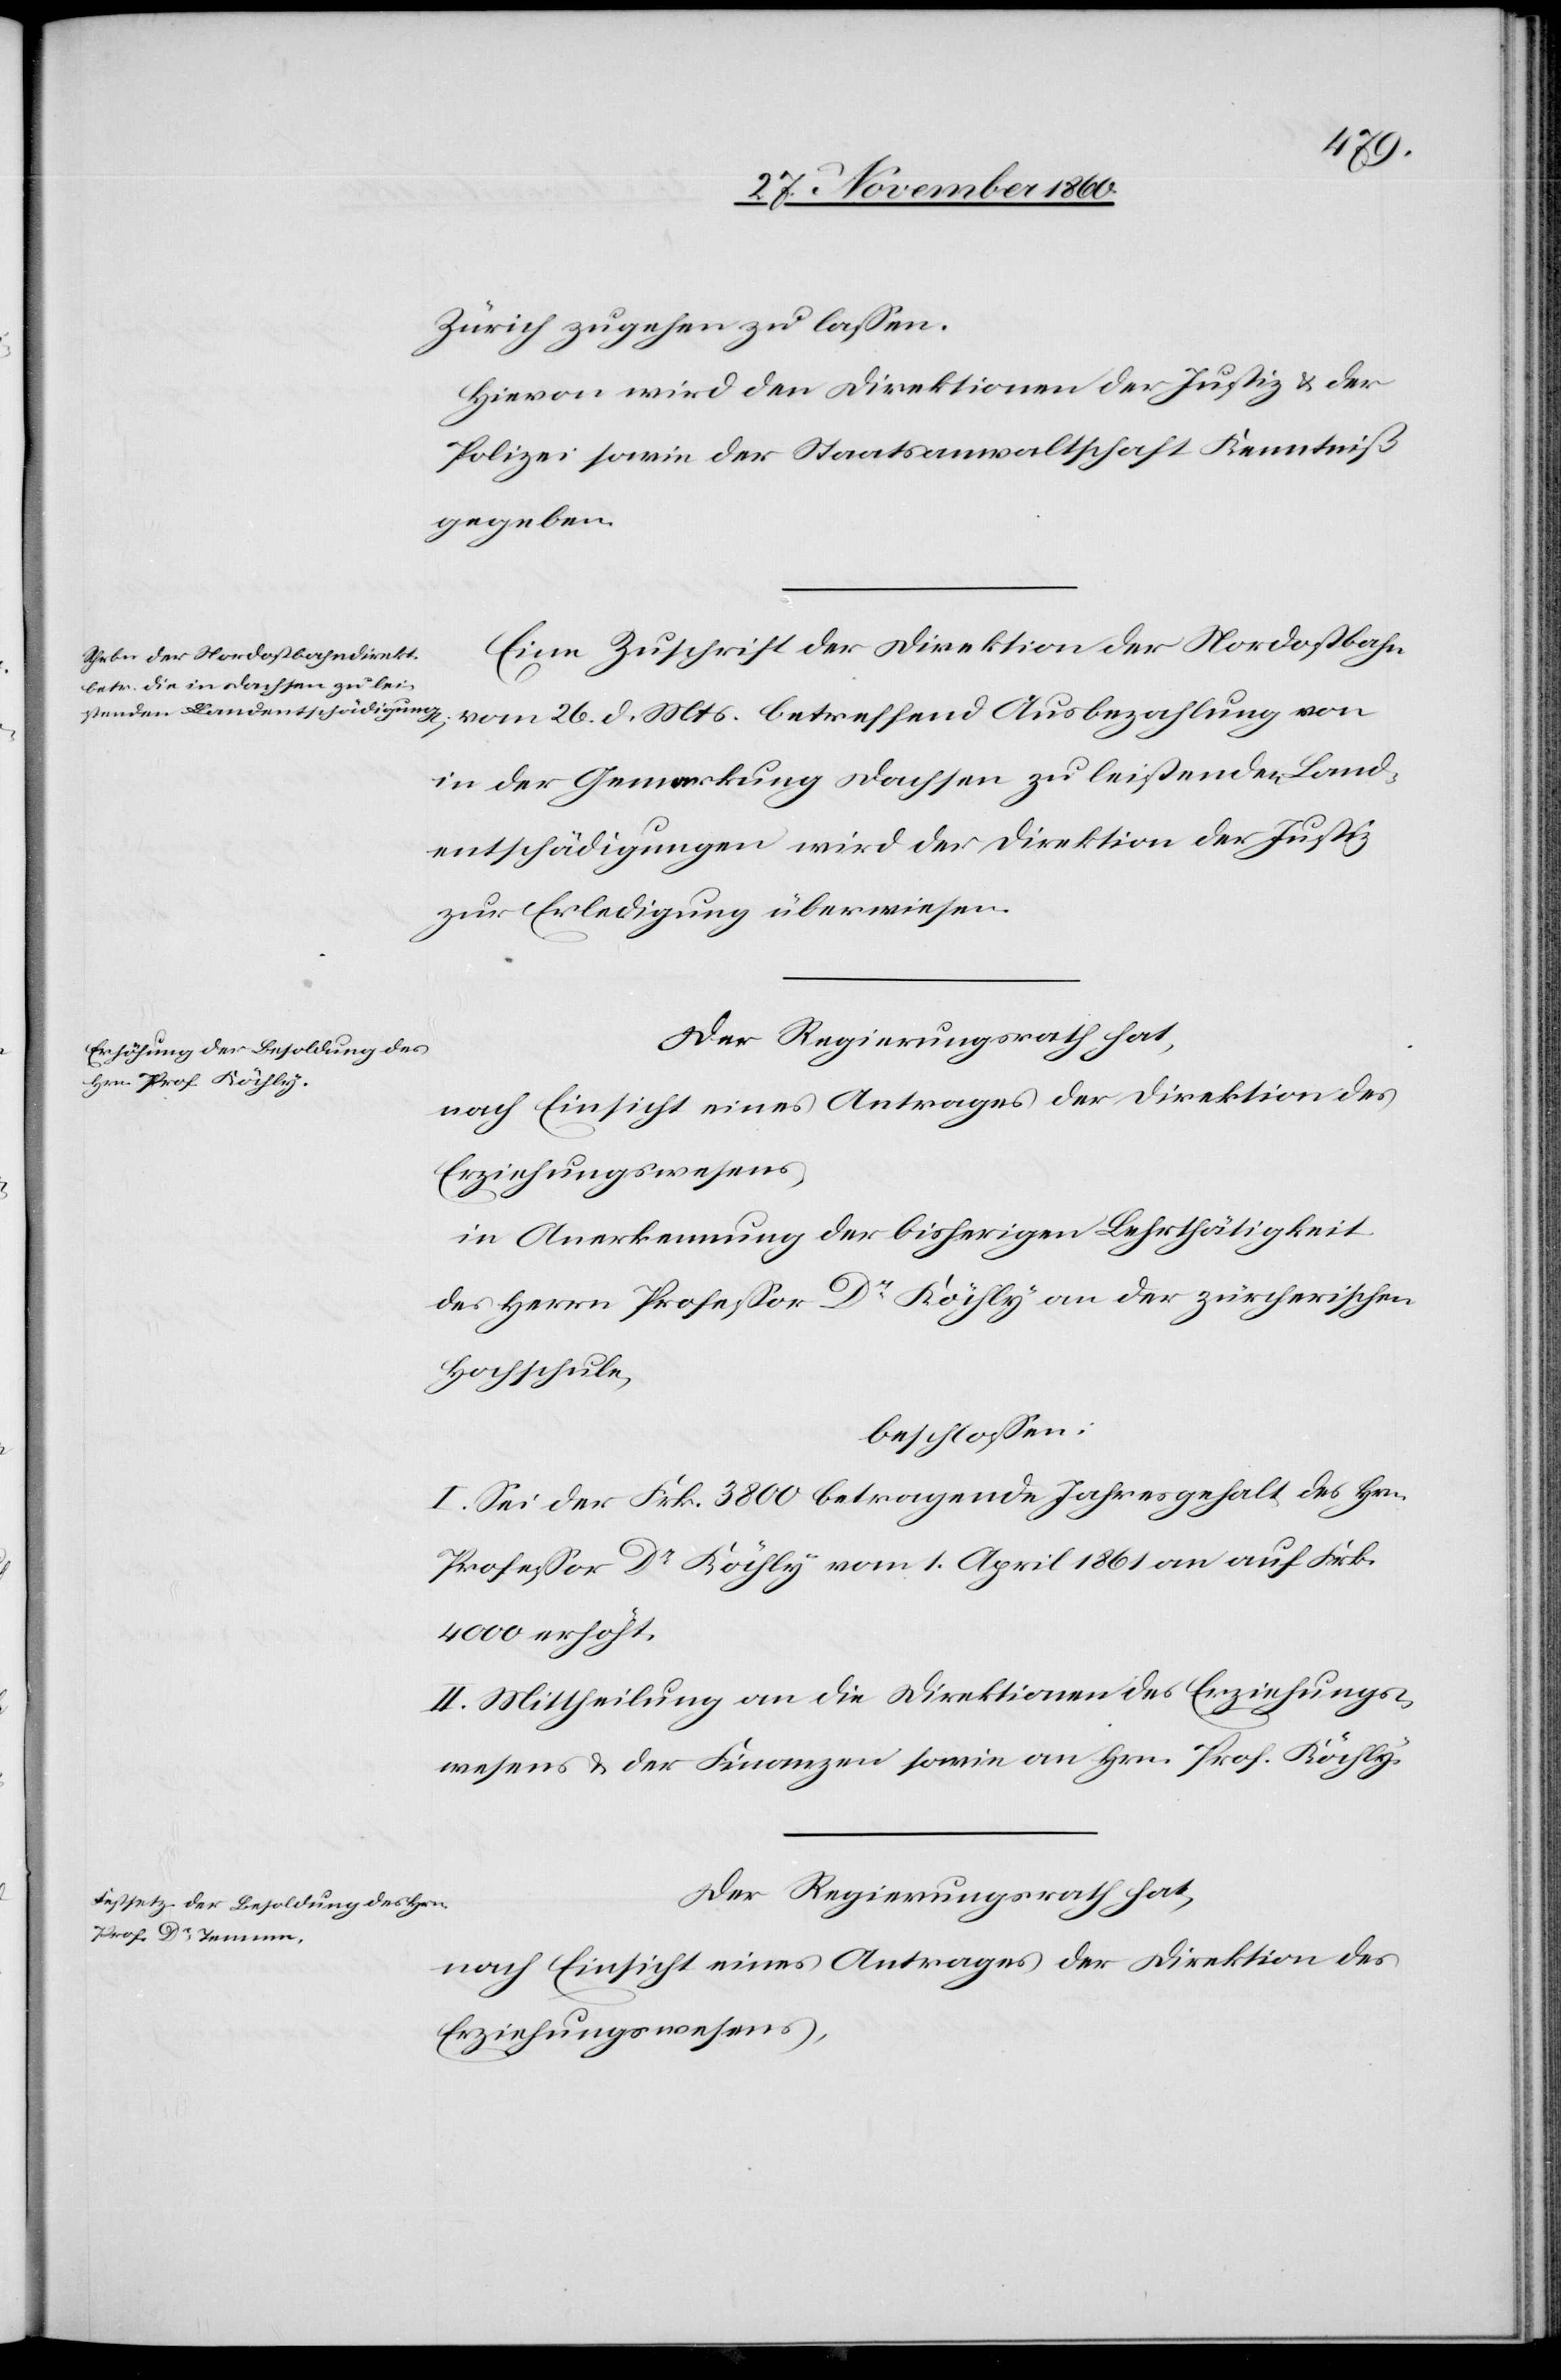
Zürich zugehen zu lassen.
Hievon wird den Direktionen der Justiz u. der
Polizei sowie der Staatsanwaltschaft Kenntniß
gegeben.
Eine Zuschrift der Direktion der Nordostbahn
in der Gemarkung Dachsen zu leistenden Land¬
entschädigungen wird der Direktion der Justiz
zur Erledigung überwiesen.
Der Regierungsrath hat,
nach Einsicht eines Antrages der Direktion des
Erziehungswesens,
in Anerkennung der bisherigen Lehrthätigkeit
des Herrn Professor Dr Köchly an der zürcherischen
Hochschule,
beschlossen:
I. Sei der Frk. 3800 betragende Jahresgehalt des Hrn.
Professor Dr Köchly vom 1. April 1861 an auf Frk.
4000 erhöht.
II. Mittheilung an die Direktion des Erziehungs¬
wesens u. der Finanzen sowie an Hrn. Prof Köchly.
Der Regierungsrath hat,
nach Einsicht eines Antrages der Direktion des
Erziehungswesens,